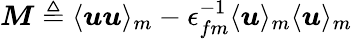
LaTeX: \boldsymbol{M}\triangleq\langle\boldsymbol{u}\boldsymbol{u}\rangle_{m}-\epsilon_{fm}^{-1}\langle\boldsymbol{u}\rangle_{m}\langle\boldsymbol{u}\rangle_{m}